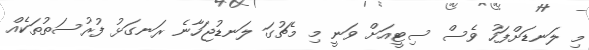
މި ލަނޑަށްފަހު ވެސް ސިޓީއަށް ވަނީ މި މެޗުގަ ލަނޑުޖަހާނެ ރަނގަޅު ފުރުސަތުތަކެއް